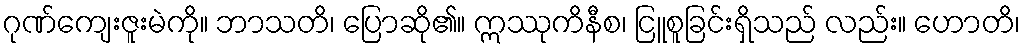
ဂုဏ်ကျေးဇူးမဲကို။ ဘာသတိ၊ ပြောဆို၏။ ဣဿုကိနီစ၊ ငြူစူခြင်းရှိသည် လည်း။ ဟောတိ၊